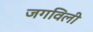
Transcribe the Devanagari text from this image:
जगविली